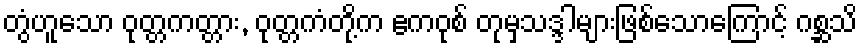
တွံဟူသော ဝုတ္တကတ္တား, ဝုတ္တကံတို့က ဧကဝုစ် တုမှသဒ္ဒါများဖြစ်သောကြောင့် ဂစ္ဆသိ